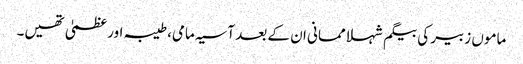
ماموں زبیر کی بیگم شہلا ممانی ان کے بعد آسیہ مامی، طیبہ اور عظمیٰ تھیں۔